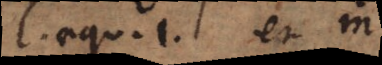
l aequ. 1 et λ